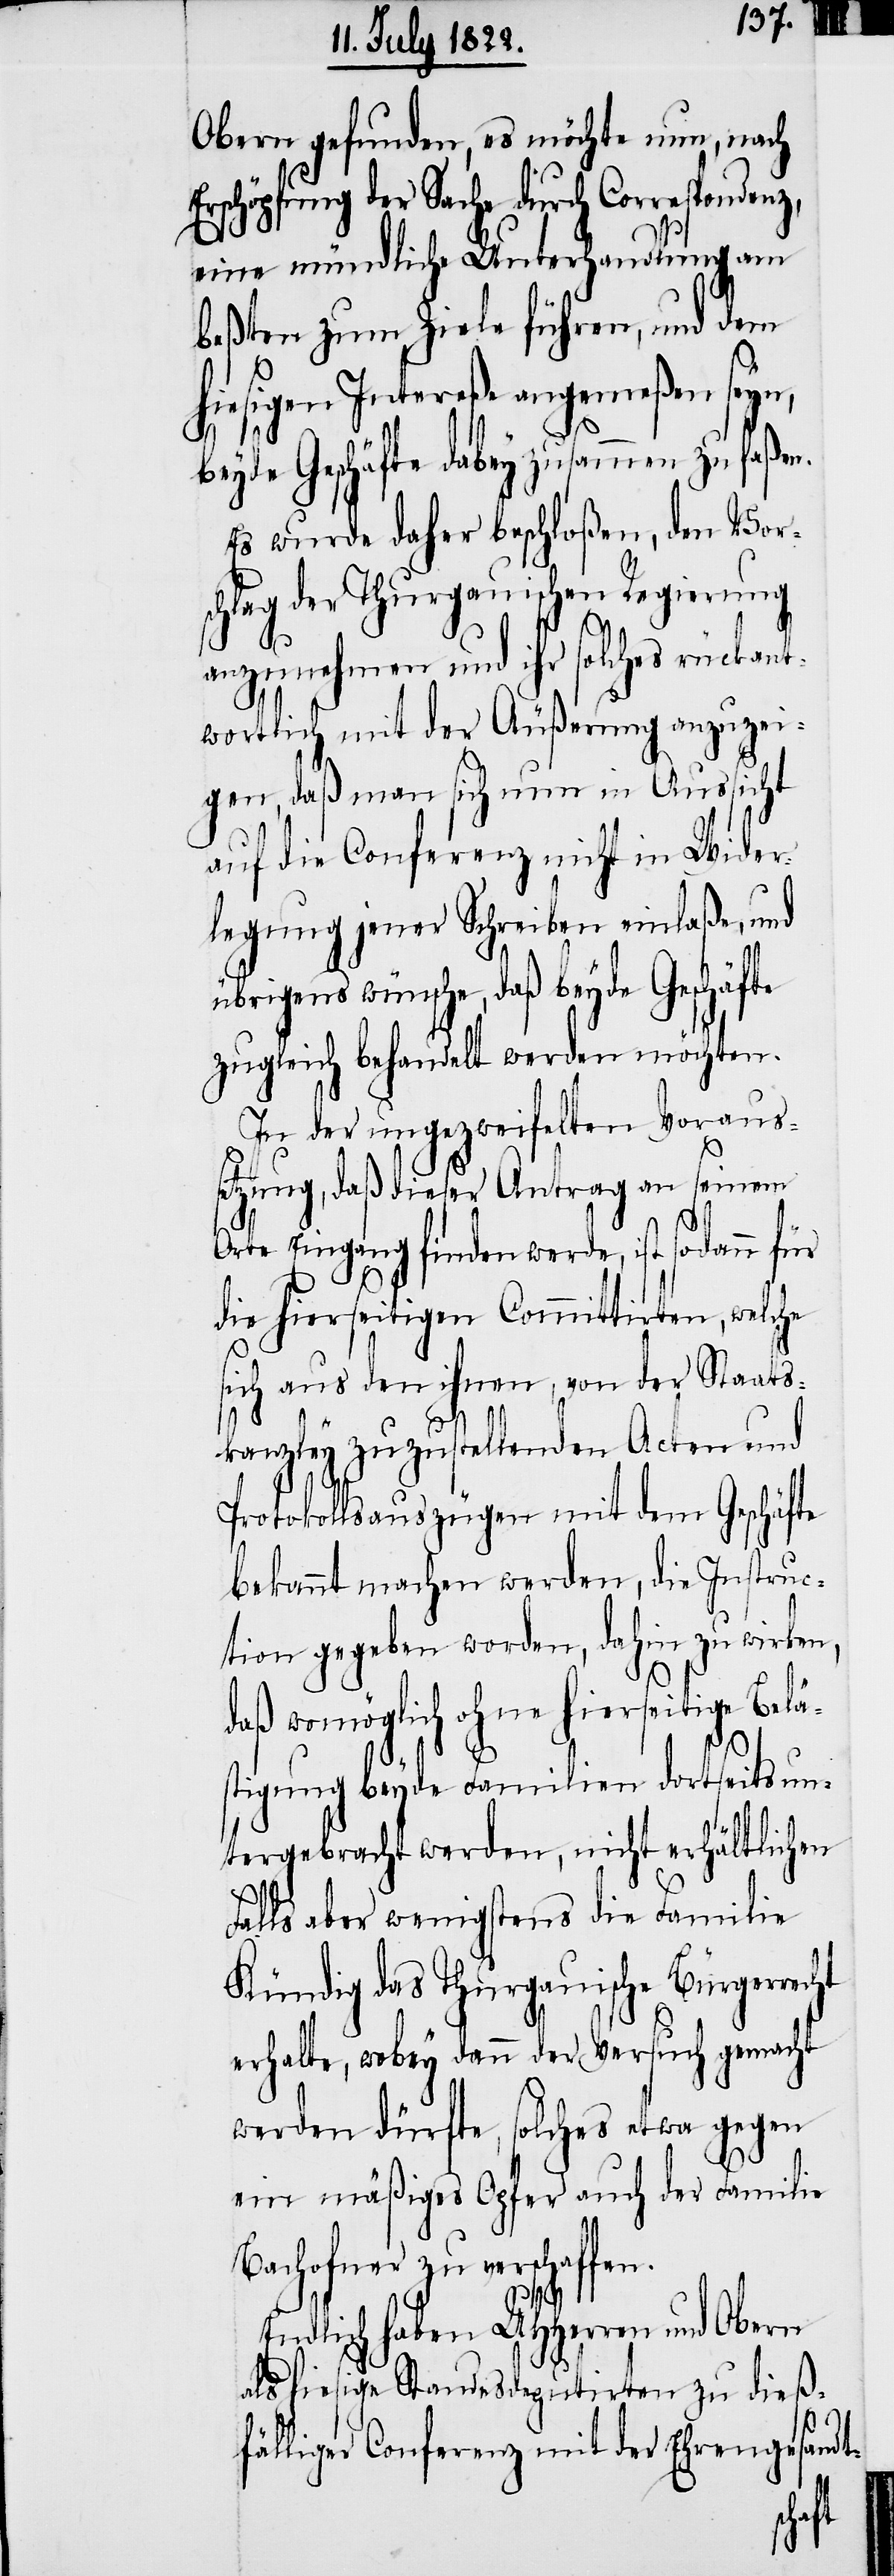
Obern gefunden, es möchte nun, nach
rschöpfung der Sache durch Correspon¬
eine mündliche Unterhandlung am
beßten zum Ziele führen, und dem
hiesigen Intereße angemeßen seyn,
laßen.
beyde Geschäfte dabey zusammen
Es wurde daher beschloßen, den Vors¬
chlag der Thurgauischen Regierung
anzunehmen und ihr solches rückant¬
wortlich mit der Äußerung anzuzei¬
gen, daß man sich nun in Aussicht
auf die Conferenz nicht in Wider¬
legung jener Schreiben einlaße, und
übrigens wünsche, daß beyde Geschäfte
zugleich behandelt werden möchten.
In der ungezweifelten Voraus¬
setzung, daß dieser Antrag an seinem
Orte Eingang finden werde, ist sodann für
die hierseitigen Committirten, welche
sich aus den ihnen, von der Staats¬
ht
kanzley zuzustellenden Acten und
Protokollsauszügen mit dem Geschäfte
bekannt machen werden, dahin zu
daß womöglich ohne hierseitige Bel¬
stigung beyde Familien dortseits un¬
tergebracht werden, nicht erhältlichen
Falls aber wenigstens die Familie
Kündig das Thurgauische Bürgerrec¬
erhalte, wobey dann der Versuch gemacht
werden dürfte, solches etwa gegen
ein mäßiges Opfer auch der Familie
Bachofner zu verschaffen.
Endlich haben UHHerren und Obern
als hiesige Standesdeputirten zu dieß¬
fälliger Conferenz mit der Ehrengesandt-